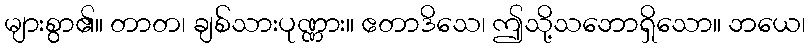
များစွာ၏။ တာတ၊ ချစ်သားပုဏ္ဏား။ ဧတာဒိသေ၊ ဤသို့သဘောရှိသော။ ဘယေ၊